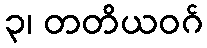
၃၊ တတိယဝဂ်